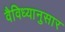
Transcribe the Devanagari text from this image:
वैविध्यानुसार